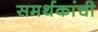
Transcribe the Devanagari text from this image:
समर्थकांची